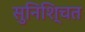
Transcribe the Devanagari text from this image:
सुनिशि्चत